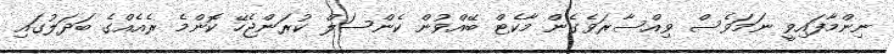
ނިންމާފައިވީ ނަމަވެސް ވިއްސާރަވެގެން މާކެޓް ބޭއްވުން ކެންސަލް ކުރަންޖެހޭ ކޮންމެ ރެއެއްގެ ބަދަލުގައި